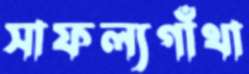
সাফল্যগাঁথা